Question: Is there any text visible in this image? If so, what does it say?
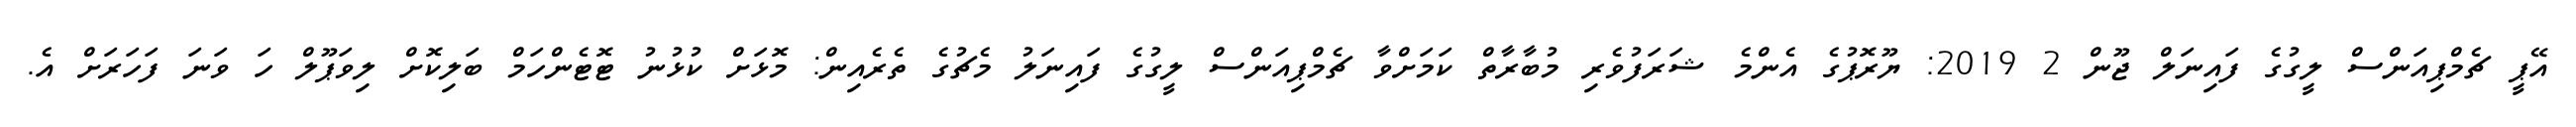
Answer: އޭޕީ ޗެމްޕިއަންސް ލީގުގެ ފައިނަލް ޖޫން 2 2019: ޔޫރޮޕުގެ އެންމެ ޝަރަފުވެރި މުބާރާތް ކަމަށްވާ ޗެމްޕިއަންސް ލީގުގެ ފައިނަލު މެޗުގެ ތެރެއިން: މޮޅަށް ކުޅުނު ޓޮޓެންހަމް ބަލިކޮށް ލިވަޕޫލް ހަ ވަނަ ފަހަރަށް އެ.